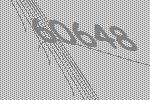
60648